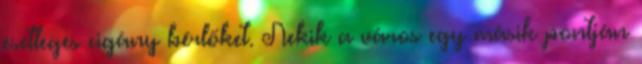
esetleges cigány bérlőket. Nekik a város egy másik pontján